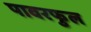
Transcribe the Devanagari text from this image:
पावरफुल